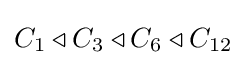
C_{1}\triangleleft C_{3}\triangleleft C_{6}\triangleleft C_{12}